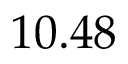
1 0 . 4 8